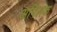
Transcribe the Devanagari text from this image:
अपिलक